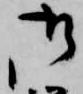
御